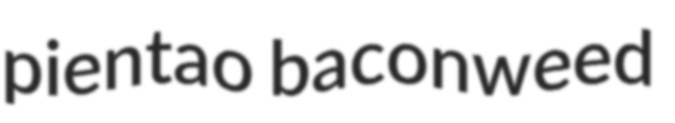
pientao baconweed